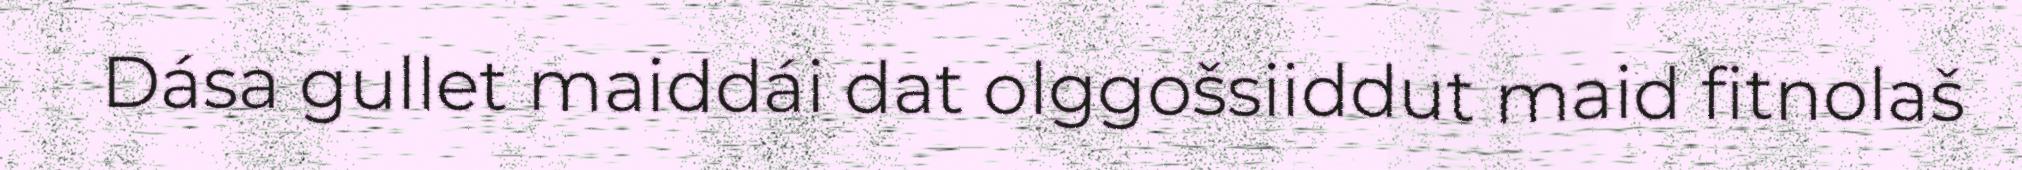
Dása gullet maiddái dat olggošsiiddut maid fitnolaš